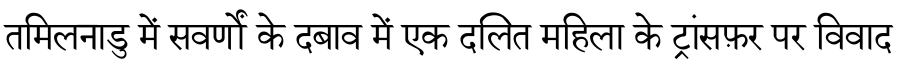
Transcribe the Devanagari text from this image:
तमिलनाडु में सवर्णों के दबाव में एक दलित महिला के ट्रांसफ़र पर विवाद